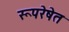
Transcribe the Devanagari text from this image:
रूपरेषेत